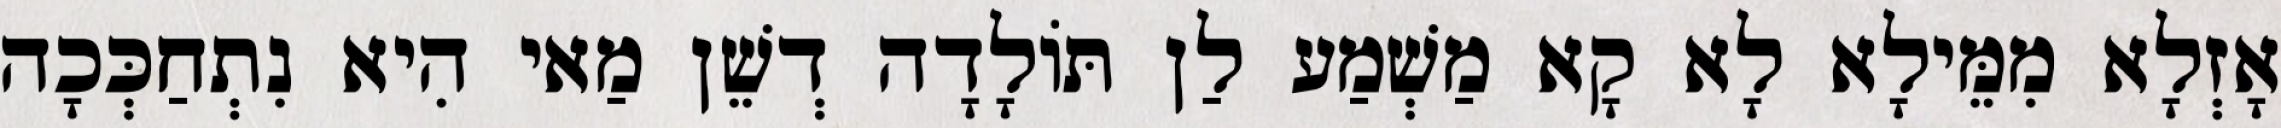
אָזְלָא מִמֵּילָא לָא קָא מַשְׁמַע לַן תּוֹלָדָה דְשֵׁן מַאי הִיא נִתְחַכְּכָה